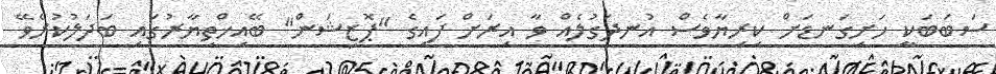
ސަބަބަކީ ހަށިގަނޑަށް ކިރިޔާވެސް އުނދަގުލެއް ވާ އިރަށް ފައިގެ "ޕޮޒިޝަން" ބޭއިޚްތިޔާރުގައި ބަދަލުކުރެވޭ